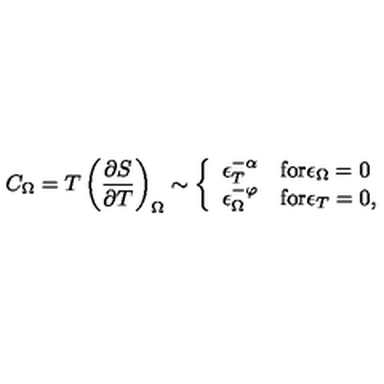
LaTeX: C _ { \Omega } = T \left( \frac { \partial S } { \partial T } \right) _ { \Omega } \sim \left\{ \begin{array} { l l } { \epsilon _ { T } ^ { - \alpha } } & { \mathrm { f o r } \epsilon _ { \Omega } = 0 } \\ { \epsilon _ { \Omega } ^ { - \varphi } } & { \mathrm { f o r } \epsilon _ { T } = 0 , } \\ \end{array} \right.